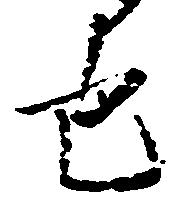
也